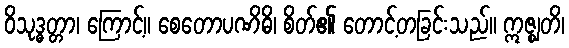
ဝိသုဒ္ဓတ္တာ၊ ကြောင့်။ စေတောပဏိဓိ၊ စိတ်၏ တောင့်တခြင်းသည်။ ဣဇ္ဈတိ၊